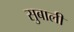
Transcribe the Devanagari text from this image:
सुबाली